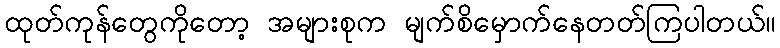
ထုတ်ကုန်တွေကိုတော့ အများစုက မျက်စိမှောက်နေတတ်ကြပါတယ်။